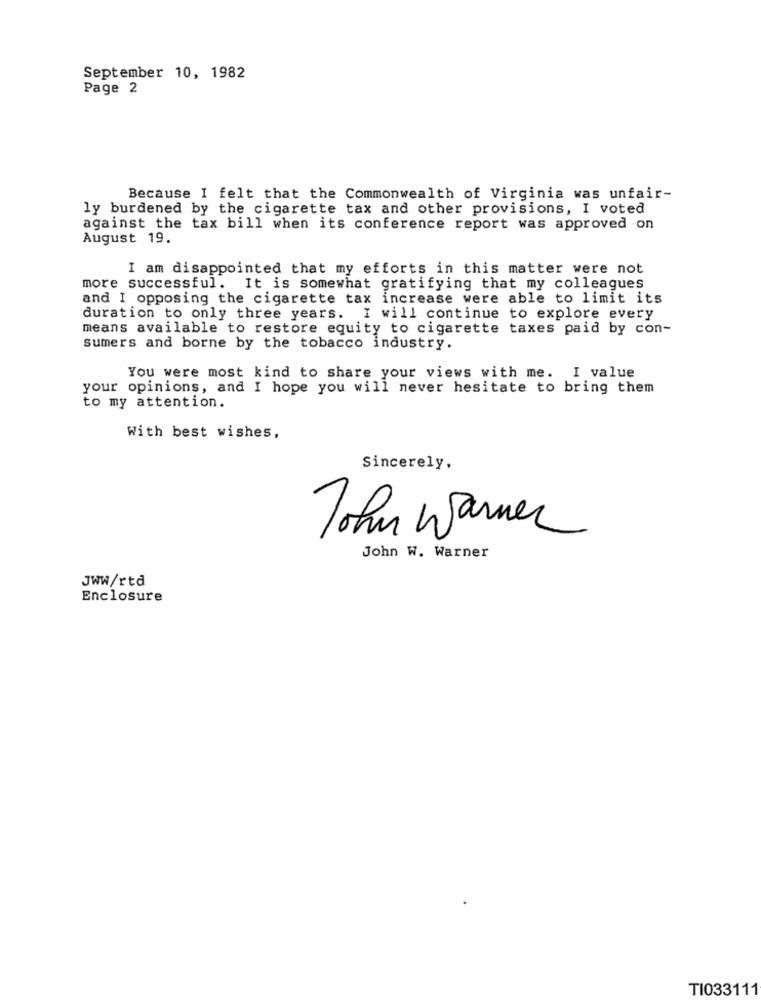
September 10, 1982
Page 2
Because I felt that the Commonwealth of Virginia was unfair-
ly burdened by the cigarette tax and other provisions, I voted
against the tax bill when its conference report was approved on
August 19.
I am disappointed that my efforts in this matter were not
more successful. It is somewhat gratifying that my colleagues
and I opposing the cigarette tax increase were able to limit its
duration to only three years. I will continue to explore every
means available to restore equity to cigarette taxes paid by con-
sumers and borne by the tobacco industry.
You were most kind to share your views with me. I value
your opinions, and I hope you will never hesitate to bring them
to my attention.
With best wishes,
Sincerely,
John Warmer
John W. Warner
JWW/rtd
Enclosure
TI033111